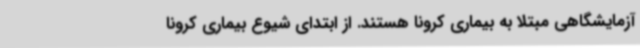
آزمایشگاهی مبتلا به بیماری کرونا هستند. از ابتدای شیوع بیماری کرونا